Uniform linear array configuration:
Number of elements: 64
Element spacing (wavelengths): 1
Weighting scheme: binomial
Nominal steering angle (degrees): -15
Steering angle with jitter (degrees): -15.094
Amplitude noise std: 0.05
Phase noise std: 0.05

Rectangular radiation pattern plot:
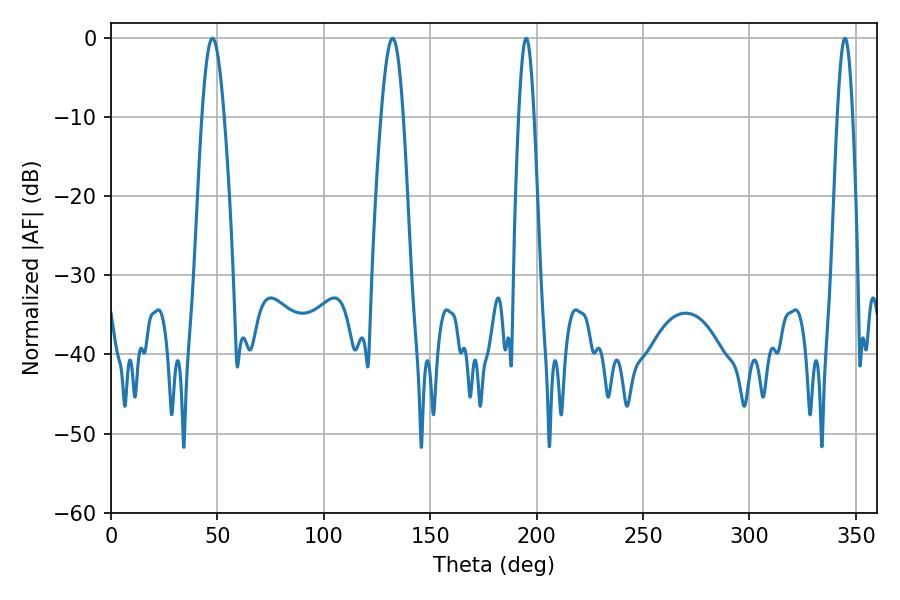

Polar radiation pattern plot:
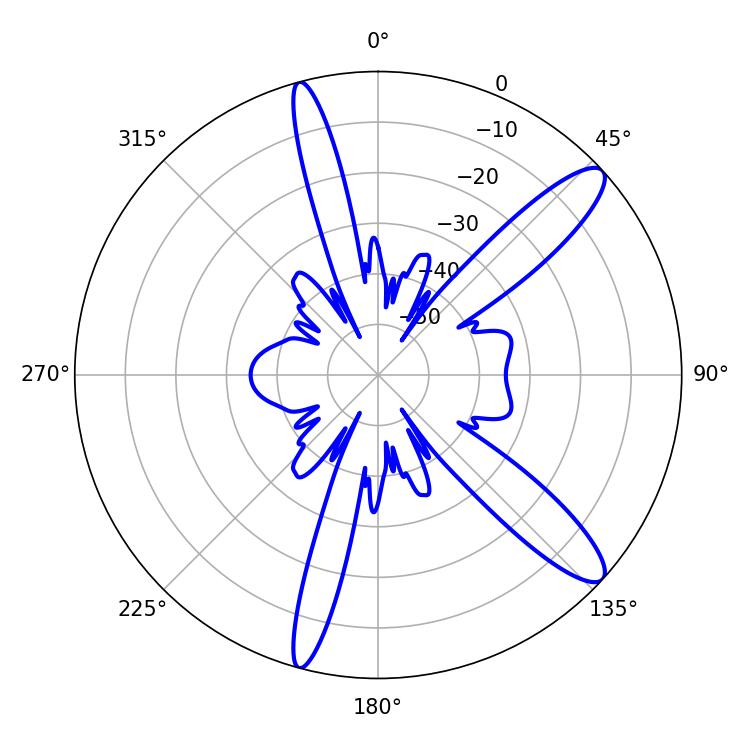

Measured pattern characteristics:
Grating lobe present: TRUE
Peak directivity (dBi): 12.212
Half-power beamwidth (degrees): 5.58
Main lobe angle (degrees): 47.7